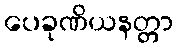
ပေခုဏိယနတ္တာ